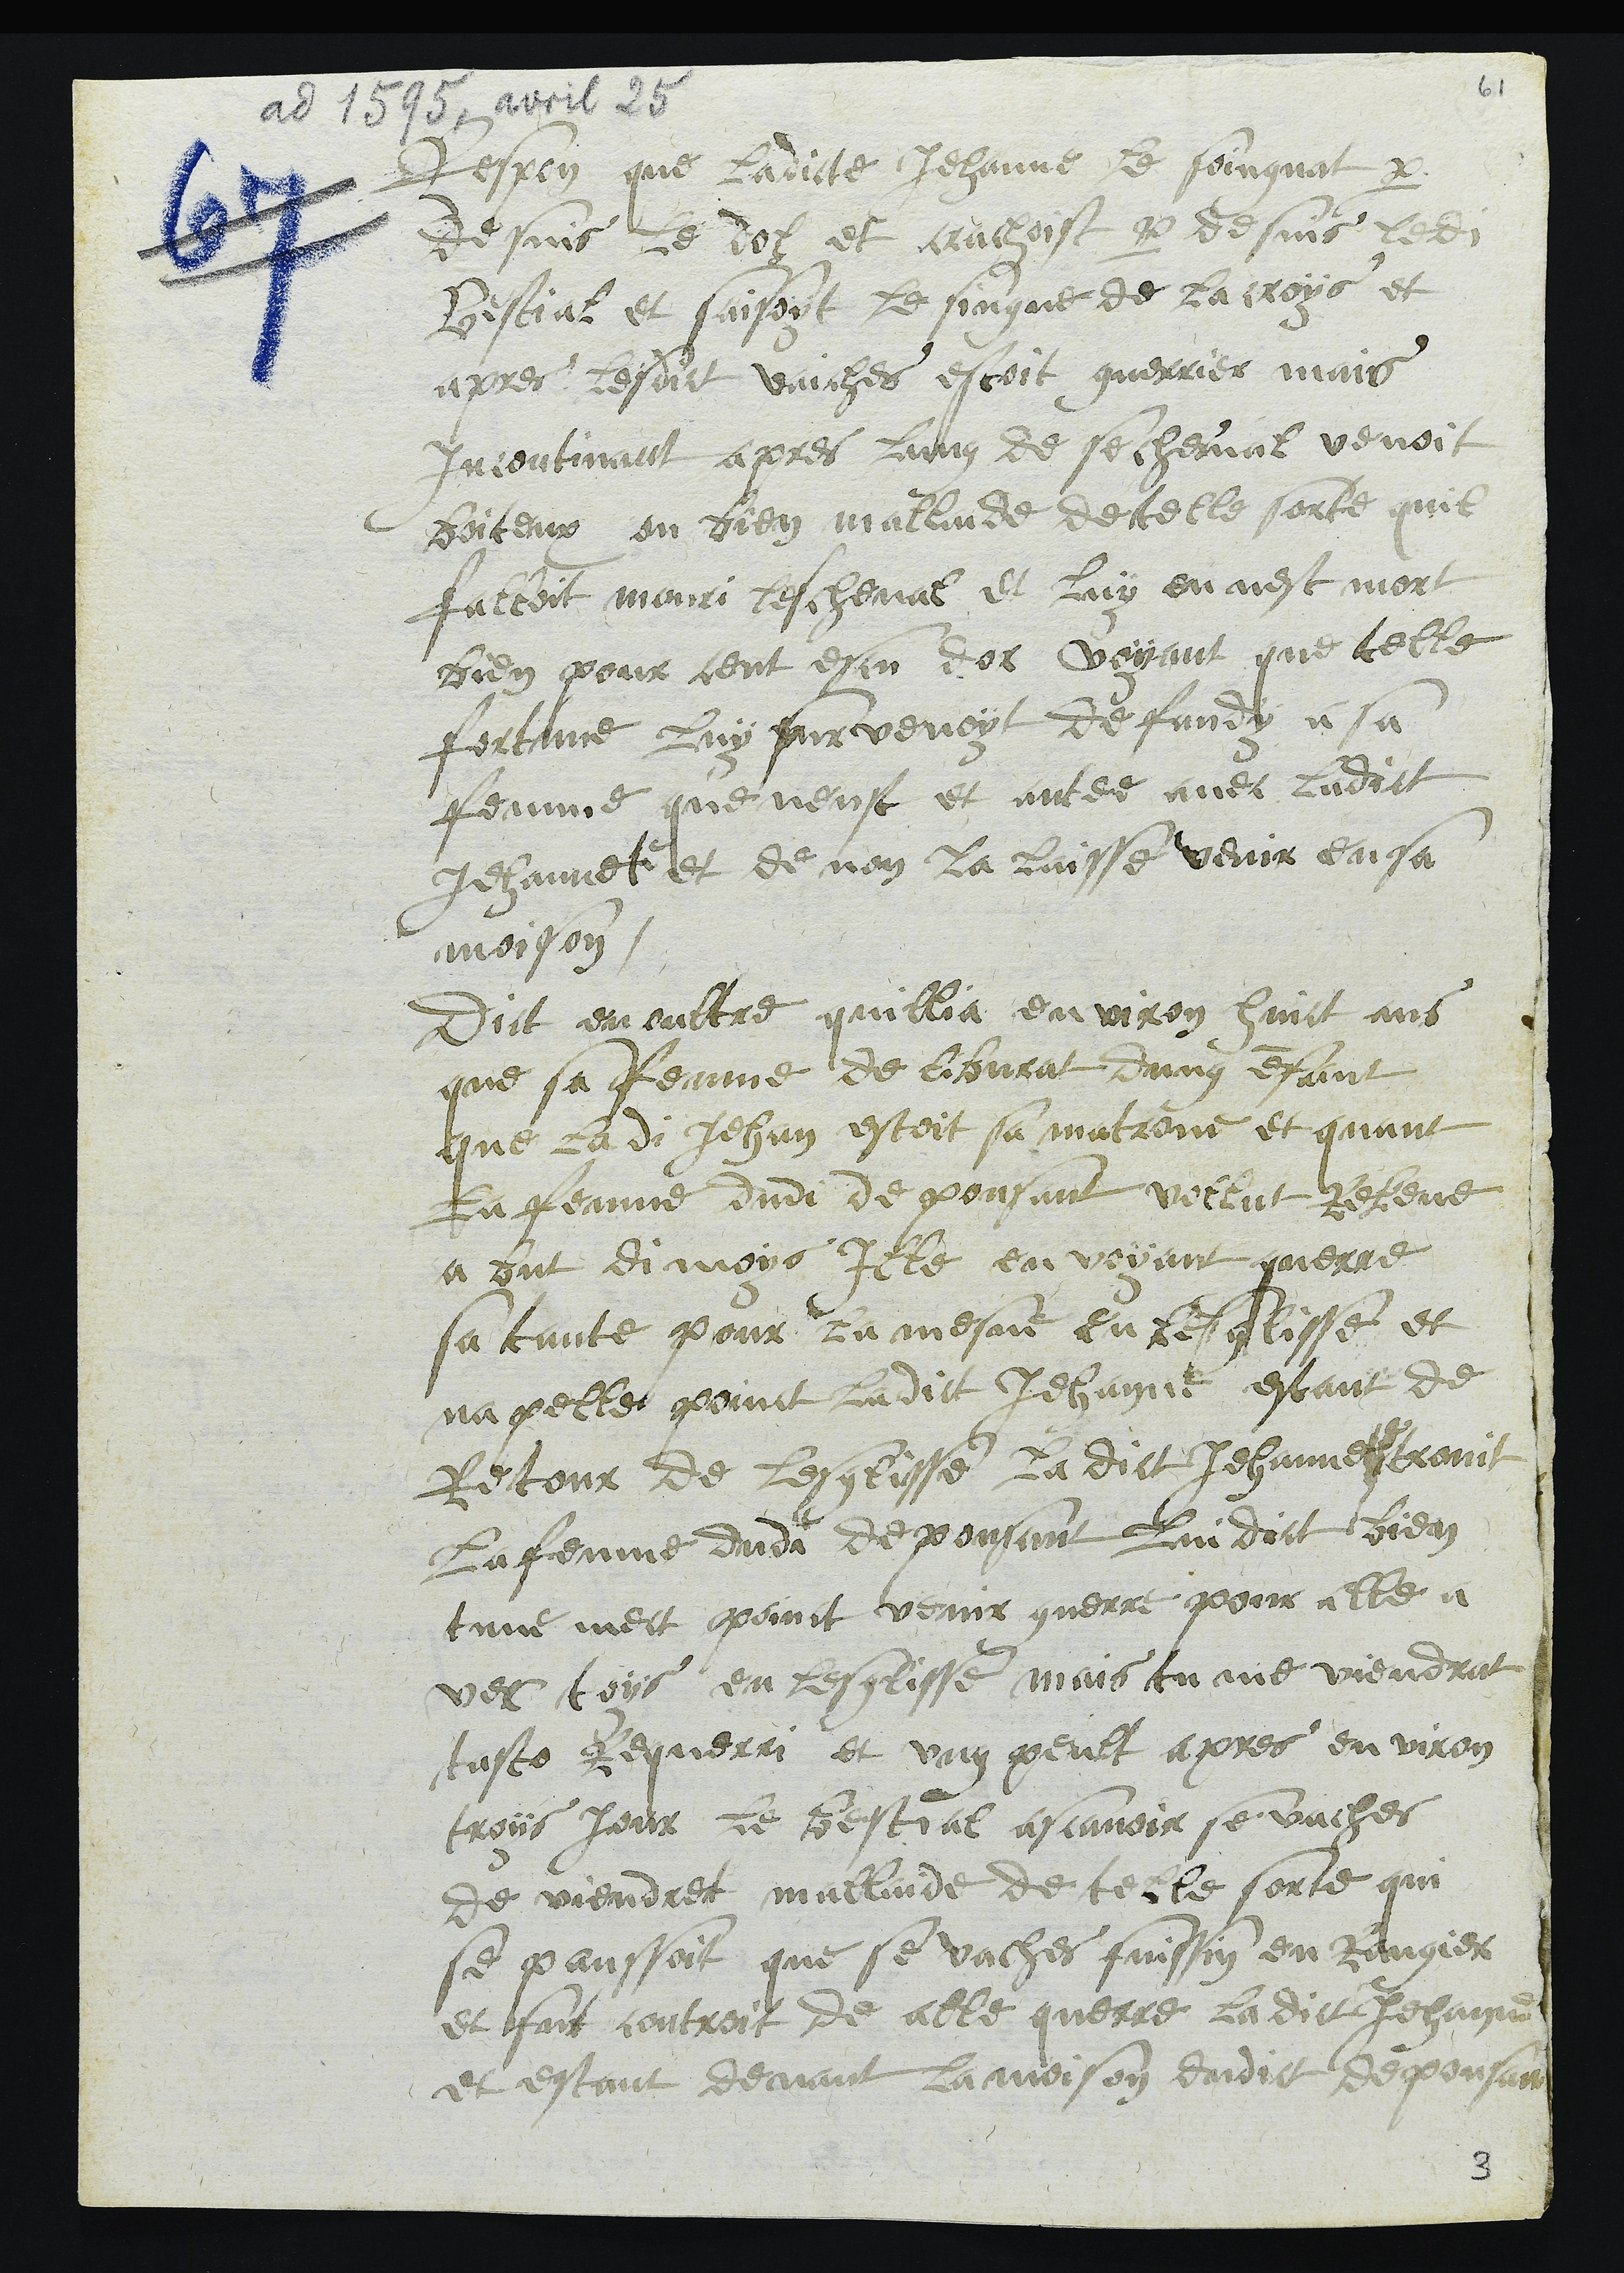
ad 1595, avril 25
Respon que ladicte Jehanne le soingnat par
Desuis le dol et crachoist par desuis ledit
Bestial et faisoyt le signe de la croys et
apres lesdict vaiches estoit guerrier mais
incontinant apres lung de se cheval venoit
boiteux ou bien mallaide de telle sorte quil
failloit mouri les cheval et luy en nest mort
bien pour cent escu dor voyant que telle
fortune luy survenoyt defandy a sa
femme que neust et antee avec ladict
Jehannete et de non la laisse venir en sa
moison.
Dict en oultre quillia environ huict ans
que sa femme de libvrat d'ung enfant
que ladi Jehan estoit sa matrone et quant
La femme dudi depousant vollut releve
a but di moys Ille en voyant querre
sa tante pour la mesne en lesglisse et
napelle poinct ladict Jehanne estant de
Retour de lesglisse la dict Jehannete trovit
La femme dudi depousant lui dict bien
tune mect point venir querre pour elle a
vec toys en lesglisse, mais tu me viendrat
tasto Requerri et ung peult apres en viron
troys jour le bestial ascavoir se vaches
de viendret mallaide de telle sorte qui
se panssoit que se vaches fuissin en Rangier
et fut controit de alle querre ladict Jehanne
et estant devant la moison dudit depousant

3